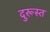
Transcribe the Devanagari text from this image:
दुरूस्‍त